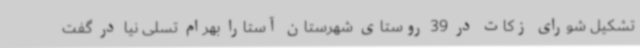
تشکیل شورای زکات در 39 روستای شهرستان آستارا بهرام تسلی نیا در گفت